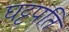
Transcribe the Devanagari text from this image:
घट्टपति